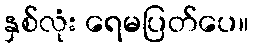
နှစ်လုံး ရေမပြတ်ပေ။